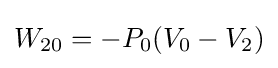
W_{20}=-P_{0}(V_{0}-V_{2})